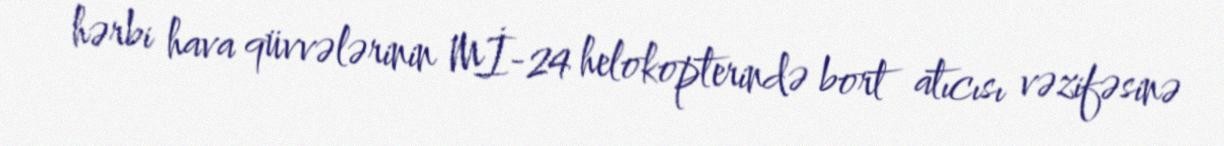
hərbi hava qüvvələrinin Mİ-24 helokopterində bort atıcısı vəzifəsinə